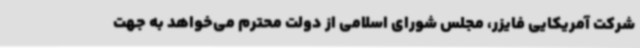
شرکت آمریکایی فایزر، مجلس شورای اسلامی از دولت محترم می‌خواهد به جهت